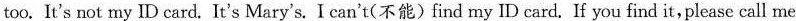
too. It's not my ID card. It's Mary's. I can't(不能)find my ID card. If you find it,please call me